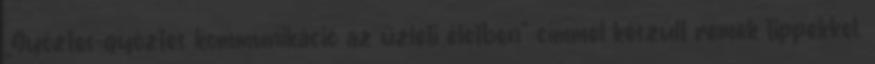
„Győztes-győztes kommunikáció az üzleti életben” címmel készült remek tippekkel.